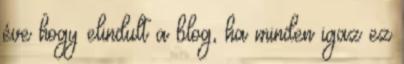
éve hogy elindult a blog, ha minden igaz ez